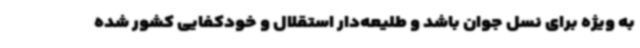
به ویژه برای نسل جوان باشد و طلیعه‌دار استقلال و خودکفایی کشور شده